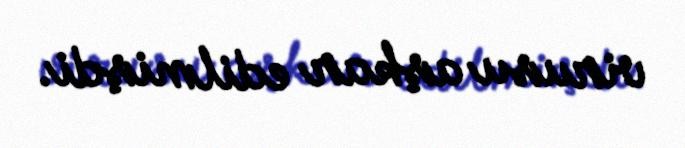
virusu aşkar edilmişdi.